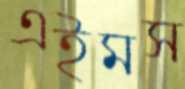
এইমস